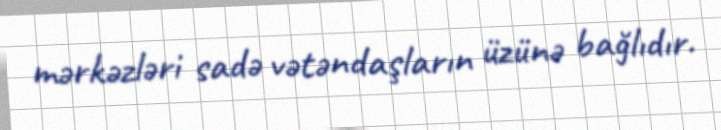
mərkəzləri sadə vətəndaşların üzünə bağlıdır.